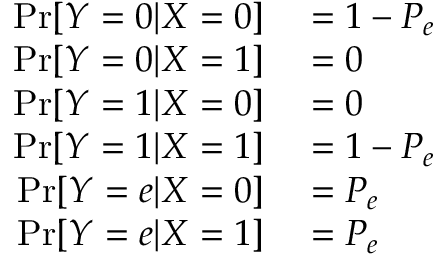
\begin{array} { r l } { \Pr [ Y = 0 | X = 0 ] } & { { } = 1 - P _ { e } } \\ { \Pr [ Y = 0 | X = 1 ] } & { { } = 0 } \\ { \Pr [ Y = 1 | X = 0 ] } & { { } = 0 } \\ { \Pr [ Y = 1 | X = 1 ] } & { { } = 1 - P _ { e } } \\ { \Pr [ Y = e | X = 0 ] } & { { } = P _ { e } } \\ { \Pr [ Y = e | X = 1 ] } & { { } = P _ { e } } \end{array}